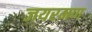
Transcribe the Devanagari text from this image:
जयरमण